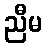
ညီမ